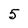
Character: 5